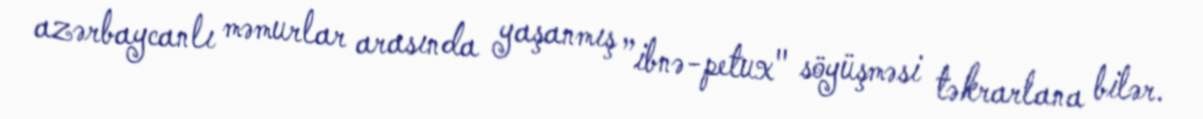
azərbaycanlı məmurlar arasında yaşanmış ”ibnə-petux" söyüşməsi təkrarlana bilər.